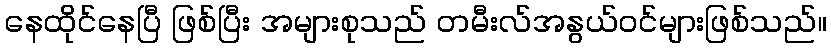
နေထိုင်နေပြီ ဖြစ်ပြီး အများစုသည် တမီးလ်အနွယ်ဝင်များဖြစ်သည်။